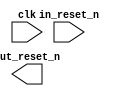
// This program was cloned from: https://github.com/stanford-ppl/spatial-lang
// License: MIT License

module ghrd_10as066n2_rst_in (
		input  wire  clk,         //       clk.clk
		input  wire  in_reset_n,  //  in_reset.reset_n
		output wire  out_reset_n  // out_reset.reset_n
	);
endmodule